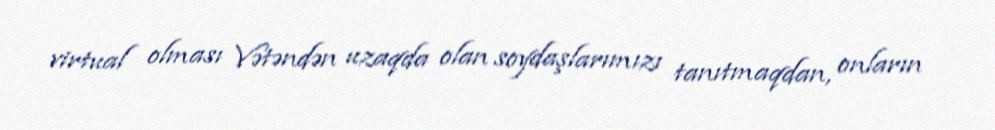
virtual olması Vətəndən uzaqda olan soydaşlarımızı tanıtmaqdan, onların